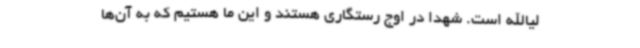
لیا‌الله است. شهدا در اوج رستگاری هستند و این ما هستیم که به آن‌ها